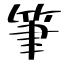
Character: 筆